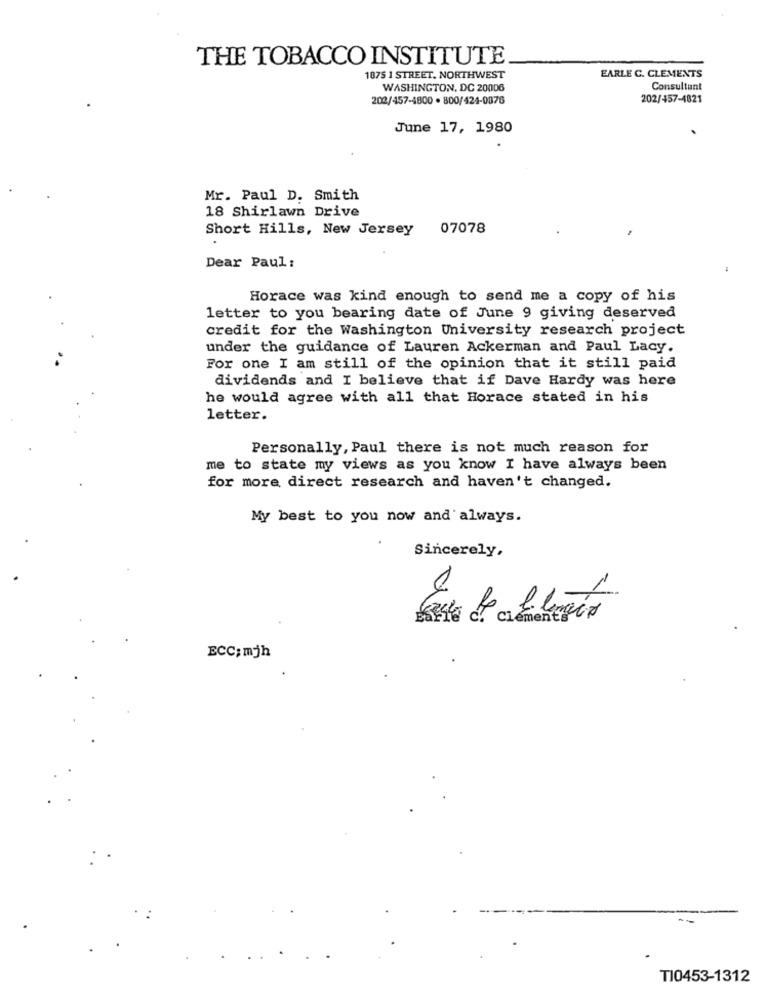
THE TOBACCO INSTITUTE
1875 1 STREET, NORTHWEST
EARLE C. CLEMENTS
WASHINGTON, DC 20006
Consultant
202/457-4800 · 800/424-0876
202/457-4821
June 17, 1980
Mr. Paul D. Smith
18 Shirlawn Drive
Short Hills, New Jersey 07078
Dear Paul:
Horace was kind enough to send me a copy of his
letter to you bearing date of June 9 giving deserved
credit for the Washington University research project
under the guidance of Lauren Ackerman and Paul Lacy.
For one I am still of the opinion that it still paid
dividends and I believe that if Dave Hardy was here
he would agree with all that Horace stated in his
letter.
Personally, Paul there is not much reason for
me to state my views as you know I have always been
for more direct research and haven't changed.
My best to you now and always.
Sincerely,
clemente CN
ECC; mjh
TI0453-1312